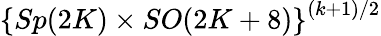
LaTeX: \left\{ Sp(2K)\times SO(2K+8)\right\} ^{(k+1)/2}